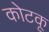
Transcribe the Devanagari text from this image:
कोटकू